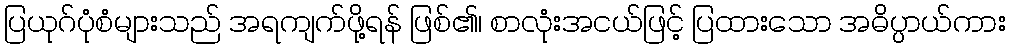
ပြယုဂ်ပုံစံများသည် အရကျက်ဖို့ရန် ဖြစ်၏၊ စာလုံးအငယ်ဖြင့် ပြထားသော အဓိပ္ပာယ်ကား